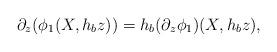
LaTeX: \begin{align*} \partial_z(\phi_1(X,h_b z)) = h_b (\partial_z \phi_1)(X,h_b z), \end{align*}